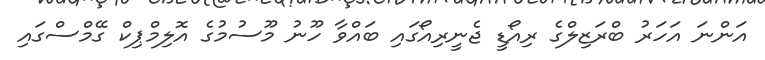
އަންނަ އަހަރު ބްރަޒިލްގެ ރިއޯޑީ ޖެނީރިއޯގައި ބައްވާ ހޫނު މޫސުމުގެ އޮލިމްޕިކް ގޭމްސްގައި